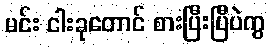
မင်း ငါးခုတောင် စားပြီးပြီပဲကွ